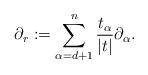
LaTeX: \begin{align*}\partial_r:=\sum_{\alpha=d+1}^n\frac{t_\alpha}{|t|}\partial_\alpha.\end{align*}